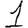
Digit: 1